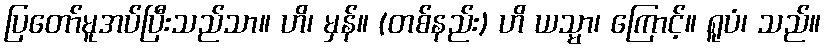
ပြတော်မူအပ်ပြီးသည်သာ။ ဟိ၊ မှန်။ (တစ်နည်း) ဟိ ယသ္မာ၊ ကြောင့်။ ရူပံ၊ သည်။